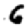
Digit: 6